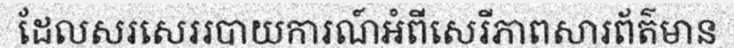
ដែលសរសេររបាយការណ៍អំពីសេរីភាពសារព័ត៌មាន